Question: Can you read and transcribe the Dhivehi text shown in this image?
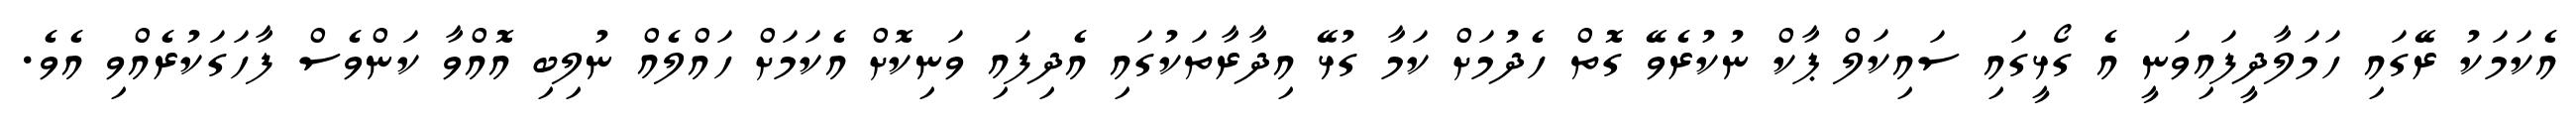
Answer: އެކަމަކު ރޭގައި ހަމަލާދީފައިވަނީ އެ ގޯޅީގައި ސައިކަލް ޕާކް ނުކުރެވޭ ގޮތް ހެދުމަށް ކަމާ ގުޅޭ އިދާރާތަކުގައި އެދިފައި ވަނިކޮށް އެކަމަށް ހައްލެއް ނުލިބި އޮއްވާ ކަންވެސް ފާހަގަކުރެއްވި އެވެ.